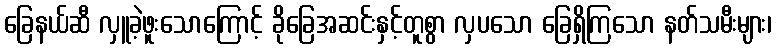
ခြေနယ်ဆီ လှူခဲ့ဖူးသောကြောင့် ခိုခြေအဆင်းနှင့်တူစွာ လှပသော ခြေရှိကြသော နတ်သမီးများ၊